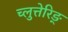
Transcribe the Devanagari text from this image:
च्लुत्तेरिङ्